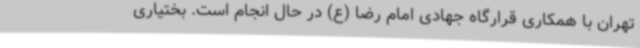
تهران با همکاری قرارگاه جهادی امام رضا (ع) در حال انجام است. بختیاری